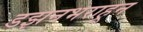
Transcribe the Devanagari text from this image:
डझनभराहून